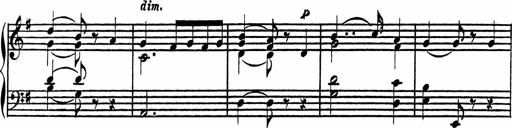
Title: 4 Piano Sonatinas
Composer: Adam Geibel